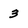
Character: 3